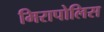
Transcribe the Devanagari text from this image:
मिरापोलिस